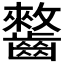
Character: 𱌥